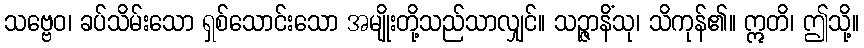
သဗ္ဗေဝ၊ ခပ်သိမ်းသော ရှစ်သောင်းသော အမျိုးတို့သည်သာလျှင်။ သဉ္ဇာနိံသု၊ သိကုန်၏။ ဣတိ၊ ဤသို့။